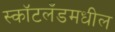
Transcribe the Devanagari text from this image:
स्कॉटलँडमधील